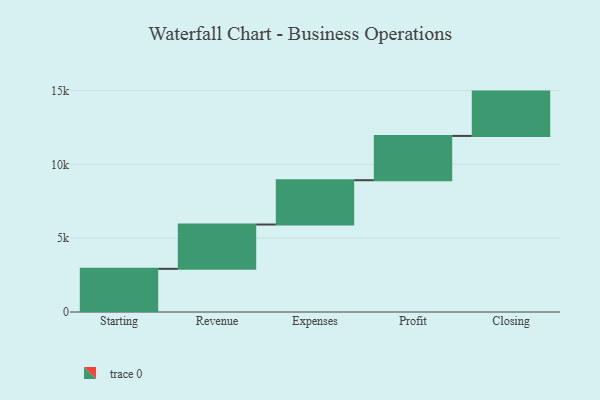
{"axis": {"x": "Step", "y": "Value"}, "legend": [""], "data": [{"x": "Starting", "y": 2922.0, "type": ""}, {"x": "Revenue", "y": 3000, "type": ""}, {"x": "Expenses", "y": 3000, "type": ""}, {"x": "Profit", "y": 3000, "type": ""}, {"x": "Closing", "y": 3000, "type": ""}]}